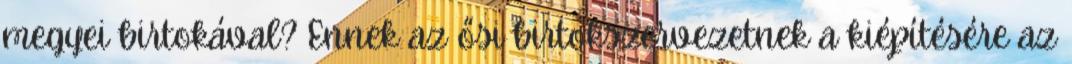
megyei birtokával? Ennek az ősi birtokszervezetnek a kiépítésére az